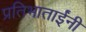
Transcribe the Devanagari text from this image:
प्रतिभाताईंनी